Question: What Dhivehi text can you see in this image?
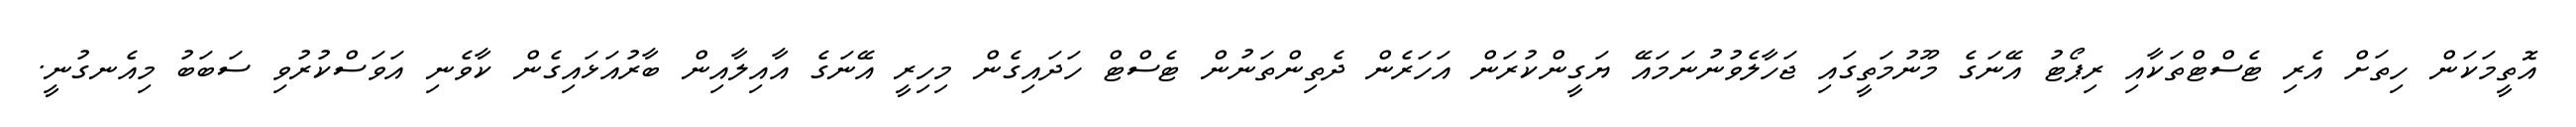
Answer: އޮތީމަކަން ހިތަށް އެރި ޓެސްޓްތަކާއި ރިޕޯޓު އޭނަގެ މޫނުމަތީގައި ޖަހާލެވުނުނަމައޭ ޔަގީންކުރަން އަހަރެން ދެތިންތަނުން ޓެސްޓް ހަދައިގެން މިހިރީ އޭނަގެ އާއިލާއިން ބާރުއަޅައިގެން ކާވެނި އަވަސްކުރުވި ސަބަބު މިއެނގުނީ.